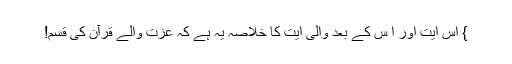
} اس آیت اور ا س کے بعد والی آیت کا خلاصہ یہ ہے کہ عزت والے قرآن کی قسم!